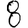
Digit: 8